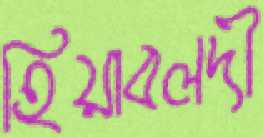
হিয়াবলদী